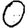
Digit: 0